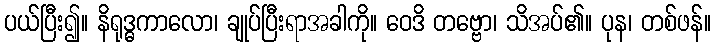
ပယ်ပြီး၍။ နိရုဒ္ဓကာလော၊ ချုပ်ပြီးရာအခါကို။ ဝေဒိ တဗ္ဗော၊ သိအပ်၏။ ပုန၊ တစ်ဖန်။